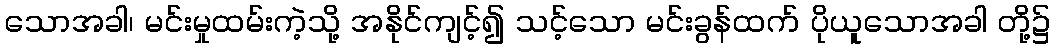
သောအခါ၊ မင်းမှုထမ်းကဲ့သို့ အနိုင်ကျင့်၍ သင့်သော မင်းခွန်ထက် ပိုယူသောအခါ တို့၌